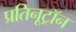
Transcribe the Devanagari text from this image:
प्रतिनूट्रॉन